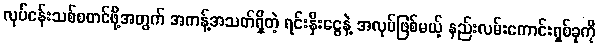
လုပ်ငန်းသစ်စတင်ဖို့အတွက် အကန့်အသတ်ရှိတဲ့ ရင်းနှီးငွေနဲ့ အလုပ်ဖြစ်မယ့် နည်းလမ်းကောင်းရှစ်ခုကို